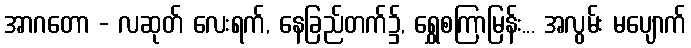
အာဂတော - လဆုတ် လေးရက်, နေခြည်တက်၌, ရွှေစကြာမြန်း... အလွမ်း မပျောက်